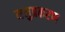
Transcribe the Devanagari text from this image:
मनुप्रकरण